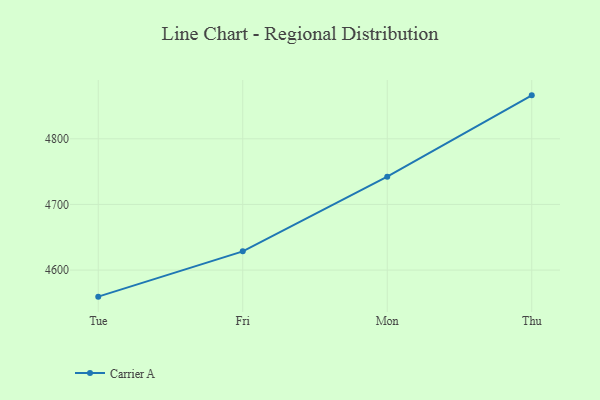
{"axis": {"x": "Day", "y": "Churn Rate (%)"}, "legend": ["Carrier A"], "data": [{"x": "Tue", "y": 4559.5, "type": "Carrier A"}, {"x": "Fri", "y": 4628.5, "type": "Carrier A"}, {"x": "Mon", "y": 4742.2, "type": "Carrier A"}, {"x": "Thu", "y": 4866.2, "type": "Carrier A"}]}